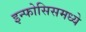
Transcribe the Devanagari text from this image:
इन्फोसिसमध्ये